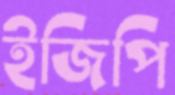
ইজিপি